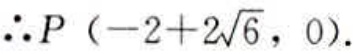
\(\therefore P（-2 + 2\sqrt{6}，0）.\)